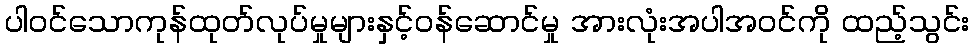
ပါဝင်သောကုန်ထုတ်လုပ်မှုများနှင့်ဝန်ဆောင်မှု အားလုံးအပါအဝင်ကို ထည့်သွင်း